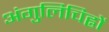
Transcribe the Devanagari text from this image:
अंगुलिचिह्नों